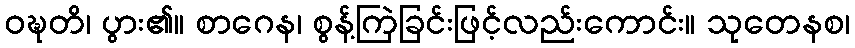
ဝဍ္ဎတိ၊ ပွား၏။ စာဂေန၊ စွန့်ကြဲခြင်းဖြင့်လည်းကောင်း။ သုတေနစ၊